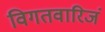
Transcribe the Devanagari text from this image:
विगतवारिजं